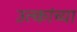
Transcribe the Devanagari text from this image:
उल्कांच्या